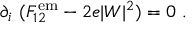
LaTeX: \partial _ { i } ~ ( { \cal F } _ { 1 2 } ^ { \mathrm { e m } } - 2 e | W | ^ { 2 } ) = 0 ~ .